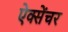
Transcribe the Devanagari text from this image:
ऐक्सेंचर